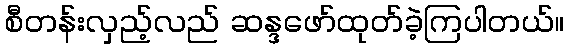
စီတန်းလှည့်လည် ဆန္ဒဖော်ထုတ်ခဲ့ကြပါတယ်။